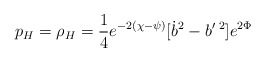
\begin{align*}p_H=\rho _H=\frac 14e^{-2(\chi -\psi )}[\dot b^2-b^{\prime}{}^{\;2}]e^{2\Phi }\end{align*}